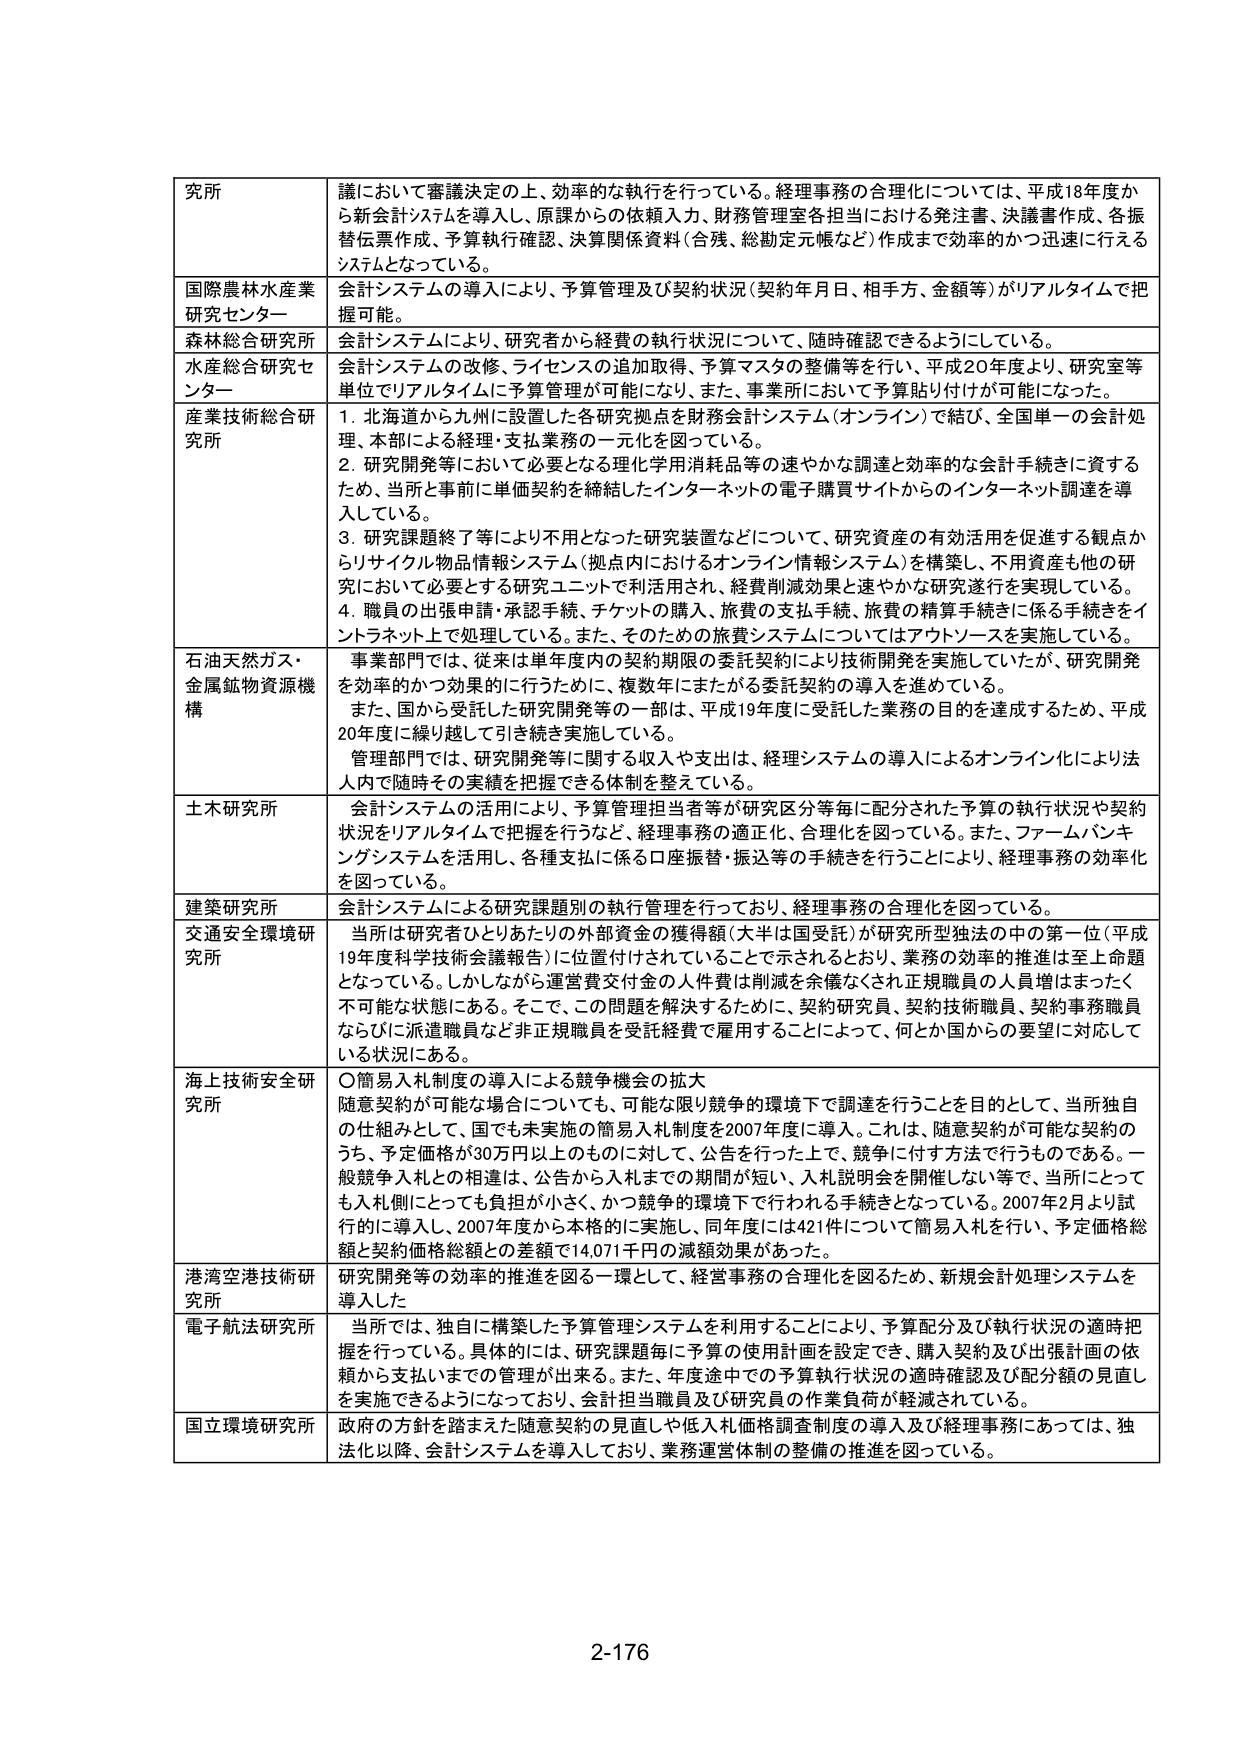
研究所 議において審議決定の上、効率的な執行を行っている。経理事務の合理化については、平成18年度から新会計システムを導入し、原課からの依頼入力、財務管理室各担当における発注書、決議書作成、各振替伝票作成、予算執行確認、決算関係資料（合残、総勘定元帳など）作成まで効率的かつ迅速に行えるシステムとなっている。

国際農林水産業研究センター 会計システムの導入により、予算管理及び契約状況（契約年月日、相手方、金額等）がリアルタイムで把握可能。

森林総合研究所 会計システムにより、研究者から経費の執行状況について、随時確認できるようにしている。

水産総合研究センター 会計システムの改修、ライセンスの追加取得、予算マスタの整備等を行い、平成20年度より、研究室等単位でリアルタイムに予算管理が可能になり、また、事業所において予算貼り付けが可能になった。

産業技術総合研究所 1. 北海道から九州に設置した各研究拠点を財務会計システム（オンライン）で結び、全国単一の会計処理、本部による経理・支払業務の一元化を図っている。
2. 研究開発等において必要となる理化学用消耗品等の速やかな調達と効率的な会計手続きに資するため、当所と事前に単価契約を締結したインターネットの電子購買サイトからのインターネット調達を導入している。
3. 研究課題終了等により不用となった研究装置などについて、研究資産の有効活用を促進する観点からリサイクル物品情報システム（拠点内におけるオンライン情報システム）を構築し、不用資産も他の研究において必要とする研究ユニットで利活用され、経費削減効果と速やかな研究遂行を実現している。
4. 職員の出張申請・承認手続、チケットの購入、旅費の支払手続、旅費の精算手続等に係る手続きをインターネット上で処理している。また、そのための旅費システムについてはアウトソースを実施している。

石油天然ガス・金属鉱物資源機構 事業部門では、従来は単年度内の契約期限の委託契約により技術開発を実施していたが、研究開発を効率的かつ効果的に行うために、複数年にまたがる委託契約の導入を進めている。
また、国から受託した研究開発等の一部は、平成19年度に受託した業務の目的を達成するため、平成20年度に繰り越して引き続き実施している。
管理部門では、研究開発等に関する収入や支出は、経理システムの導入によるオンライン化により法人内で随時その実績を把握できる体制を整えている。

土木研究所 会計システムの活用により、予算管理担当者等が研究区分等毎に配分された予算の執行状況や契約状況をリアルタイムで把握を行うなど、経理事務の適正化、合理化を図っている。また、ファームバンキングシステムを活用し、各種支払に係る口座振替・振込等の手続きを行うことにより、経理事務の効率化を図っている。

建築研究所 会計システムによる研究課題別の執行管理を行っており、経理事務の合理化を図っている。

交通安全環境研究所 当所は研究者ひとりあたりの外部資金の獲得額（大半は国受託）が研究所型独法の中の第一位（平成19年度科学技術会議報告）に位置付けされていることで示されるとおり、業務の効率的推進は至上命題となっている。しかしながら運営費交付金の人件費は削減を余儀なくされ正規職員の人員増はまったく不可能な状態にある。そこで、この問題を解決するために、契約研究員、契約技術職員、契約事務職員ならびに派遣職員など非正規職員を受託経費で雇用することによって、何とか国からの要望に対応している状況にある。

海上技術安全研究所 ○簡易入札制度の導入による競争機会の拡大
随意契約が可能な場合についても、可能な限り競争的環境下で調達を行うことを目的として、当所独自の仕組みとして、国でも未実施の簡易入札制度を2007年度に導入。これは、随意契約が可能な契約のうち、予定価格が30万円以上の場合に対して、公告を行った上で、競争に付す方法で行うものである。一般競争入札との相違は、公告から入札までの期間が短い、入札説明会を開催しない等で、当所にとっても入札側にとっても負担が小さく、かつ競争的環境下で行われる手続きとなっている。2007年2月より試行的に導入し、2007年度から本格的に実施し、同年度には421件について簡易入札を行い、予定価格総額と契約価格総額との差額で14,071千円の減額効果があった。

港湾空港技術研究所 研究開発等の効率的推進を図る一環として、経営事務の合理化を図るため、新規会計処理システムを導入した

電子航法研究所 当所では、独自に構築した予算管理システムを利用することにより、予算配分及び執行状況の適時把握を行っている。具体的には、研究課題毎に予算の使用計画を設定でき、購入契約及び出張計画の依頼から支払いまでの管理が出来る。また、年度途中での予算執行状況の適時確認及び配分額の見直しを実施できるようになっており、会計担当職員及び研究員の作業負荷が軽減されている。

国立環境研究所 政府の方針を踏まえた随意契約の見直しや低入札価格調査制度の導入及び経理事務にあっては、独法化以降、会計システムを導入しており、業務運営体制の整備の推進を図っている。

2-176